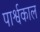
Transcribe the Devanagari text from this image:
पार्श्वकाल